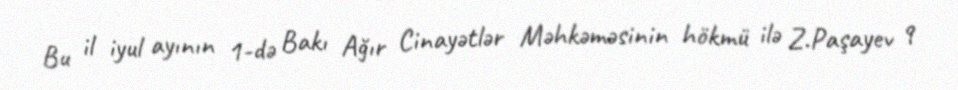
Bu il iyul ayının 1-də Bakı Ağır Cinayətlər Məhkəməsinin hökmü ilə Z.Paşayev 9